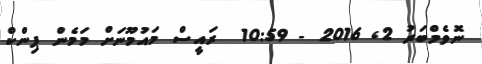
ނޮވެމްބަރު 2